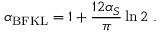
\alpha _ { \mathrm { B F K L } } = 1 + \frac { 1 2 \alpha _ { S } } { \pi } \ln 2 \; .